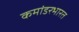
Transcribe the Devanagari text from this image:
कमांडरभारत